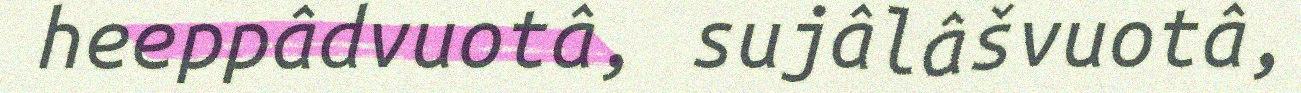
heeppâdvuotâ, sujâlâšvuotâ,